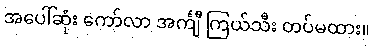
အပေါ်ဆုံး ကော်လာ အင်္ကျီ ကြယ်သီး တပ်မထား။